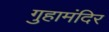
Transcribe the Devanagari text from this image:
गुहामंदिर